Report of an investigation into the causes of malaria in Bombay and the measures necessary for its control
Disease focus: Malaria
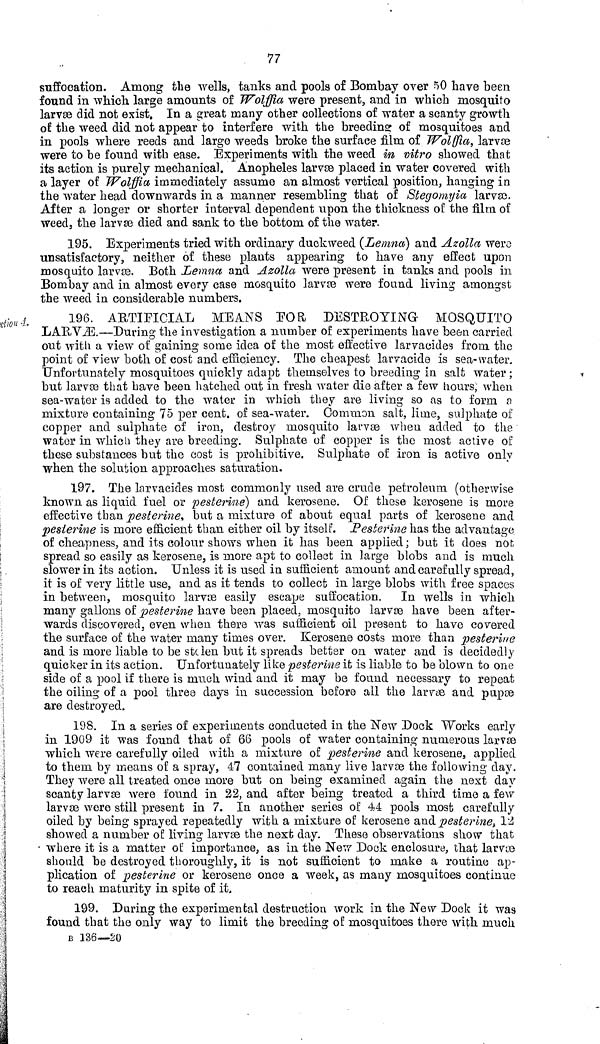
77
suffocation. Among the wells, tanks and pools of Bombay over 50 have been
found in which large amounts of Wolffia were present, and in which mosquito
larvæ did not exist. In a great many other collections of water a scanty growth
of the weed did not appear to interfere with the breeding? of mosquitoes and
in pools where reeds and largo weeds broke the surface film of Wolffia, larvæ
were to be found with ease. Experiments with the weed in vitro showed that
its action is purely mechanical. Anopheles larvæ placed in water covered with
a layer of Wolffia immediately assume an almost vertical position, hanging in
the water head downwards in a manner resembling that of Stegomyia larvæ.
After a longer or shorter interval dependent upon the thickness of the film of
weed, the larvæ died and sank to the bottom of the water.
195. Experiments tried with ordinary duckweed (Lemna) and Azolla were
unsatisfactory, neither of these plants appearing to have any effect upon
mosquito larvæ. Both Lemna and Azolla were present in tanks and pools in
Bombay and in almost every case mosquito larvæ were found living amongst
the weed in considerable numbers.
Section 4.
196. ARTIFICIAL MEANS FOR DESTROYING MOSQUITO
LARVÆ.—During the investigation a number of experiments have been carried
out with a view of gaining some idea of the most effective larvacides from the
point of view both of cost and efficiency. The cheapest larvacide is sea-water.
Unfortunately mosquitoes quickly adapt themselves to breeding in salt water ;
but larvæ that have been hatched out in fresh water die after a few hours, when
sea-water is added to the water in which they are living so as to form a
mixture containing 75 per cent. of sea-water. Common salt, lime, sulphate of
copper and sulphate of iron, destroy mosquito larvæ when added to the
water in which they are breeding. Sulphate of copper is the most active of
these substances but the cost is prohibitive. Sulphate of iron is active only
when the solution approaches saturation.
197. The larvacides most commonly used are crude petroleum (otherwise
known as liquid fuel or pesterine} and kerosene. Of these kerosene is more
effective than pesterine, but a mixture of about equal parts of kerosene and
pesterine is more efficient than either oil by itself. Pesterine has the advantage
of cheapness, and its colour shows when it has been applied; but it does not
spread so easily as kerosene, is more apt to collect in large blobs and is much
slower in its action. Unless it is used in sufficient amount and carefully spread,
it is of very little use, and as it tends to collect in large blobs with free spaces
in between, mosquito larvæ easily escape suffocation. In wells in which
many gallons of pesterine have been placed, mosquito larvæ have been after-
wards discovered, even when there was sufficient oil present to have covered
the surface of the water many times over. Kerosene costs more than pesterine
and is more liable to be stolen but it spreads better on water and is decidedly
quicker in its action. Unfortunately like pesterine it is liable to be blown to one
side of a pool if there is much wind and it may be found necessary to repeat
the oiling of a pool three days in succession before all the larvæ and pupæ
are destroyed»
198. In a series of experiments conducted in the New Dock Works early
in 1909 it was found that of 66 pools of water containing numerous larvæ
which were carefully oiled with a mixture of pesterine and kerosene, applied
to them by means of a spray, 47 contained many live larvæ the following day.
They were all treated once more but on being examined again the next day
scanty larvæ were found in 22, and after being treated a third time a few
larvæ were still present in 7. In another series of 44 pools most carefully
oiled by being sprayed repeatedly with a mixture of kerosene and pesterine, 12
showed a number of living larvæ the next day. These observations show that
where it is a matter of importance, as in the New Dock enclosure, that larvæ
should be destroyed thoroughly, it is not sufficient to make a routine ap-
plication of pesterine or kerosene once a week, as many mosquitoes continue
to reach maturity in spite of it,
199. During the experimental destruction work in the New Dock it was
found that the only way to limit the breeding of mosquitoes there with much
B 136—20